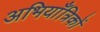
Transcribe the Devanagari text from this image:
अभियाँत्रिकों